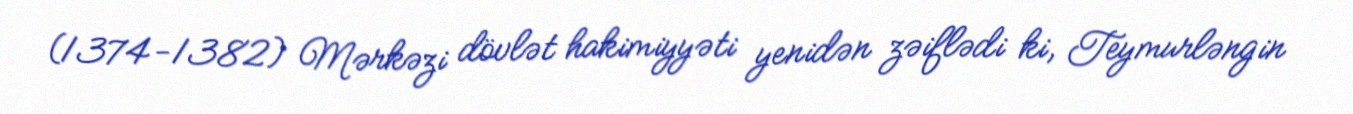
(1374-1382) Mərkəzi dövlət hakimiyyəti yenidən zəiflədi ki, Teymurləngin